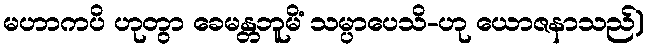
မဟာကပိ ဟုတွာ ခေမန္တဘူမိံ သမ္ပာပေသိ-ဟု ယောဇနာသည်)